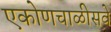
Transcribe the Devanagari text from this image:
एकोणचाळीसवे